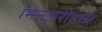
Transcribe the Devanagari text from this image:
मिनझरीमध्ये